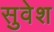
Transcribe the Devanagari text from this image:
सुवेश